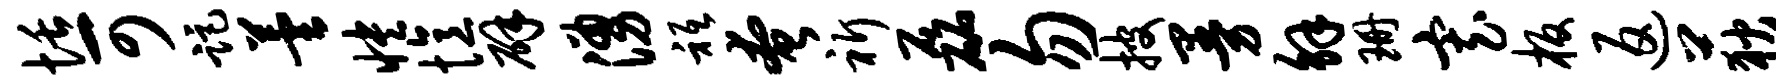
恬可距芸怏忆辟涌只奄祈磊勿披曼解珊寡板返荻